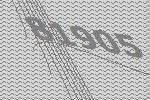
81905